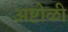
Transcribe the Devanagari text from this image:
अष्टोळी